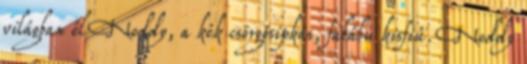
világban él Noddy, a kék csörgősipkás, fabábu kisfiú. Noddy